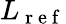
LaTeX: L_{\mathrm{~r~e~f~}}